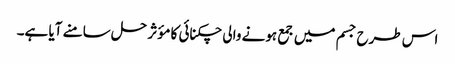
اس طرح جسم میں جمع ہونے والی چکنائی کا مؤثر حل سامنے آیا ہے۔